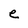
Character: e